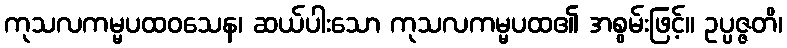
ကုသလကမ္မပထဝသေန၊ ဆယ်ပါးသော ကုသလကမ္မပထ၏ အစွမ်းဖြင့်။ ဥပ္ပဇ္ဇတိ၊